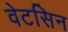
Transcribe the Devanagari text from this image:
वेटसिन